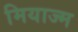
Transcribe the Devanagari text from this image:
मियाज्म